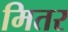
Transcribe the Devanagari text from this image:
मितर